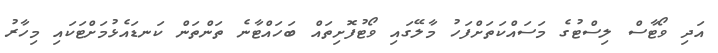
އަދި ވޯޓާސް ލިސްޓުގެ މަސައްކަތަށްފަހު މާލޭގައި ވޯޓުފޮށިތައް ބަހައްޓާނެ ތަންތަން ކަނޑައެޅުމަށްޓަކައި މިހާރު